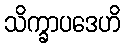
သိက္ခာပဒေဟိ